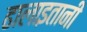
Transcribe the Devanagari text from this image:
ढालाइतानी